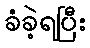
ခံခဲ့ရပြီး